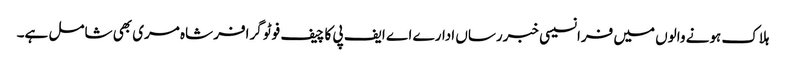
ہلاک ہونے والوں میں فرانسیسی خبررساں ادارے اے ایف پی کا چیف فوٹو گرافر شاہ مری بھی شامل ہے۔